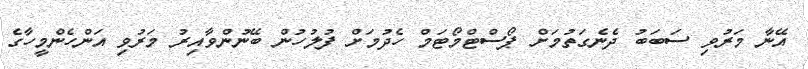
އޭނާ މަރުވި ސަބަބު ދެނެގަތުމަށް ޕޯސްޓްމޯޓަމް ހެދުމަށް ފުލުހުން ބޭނުންވާއިރު މަރުވި އަންހެންމީހާގެ